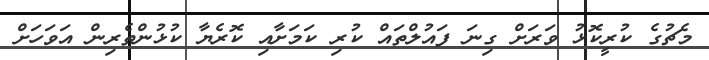
މެޗުގެ ކުރީކޮޅު ވަރަށް ގިނަ ފައުލްތައް ކުރި ކަމަށާއި ކޮރެޔާ ކުޅުންތެރިން އަވަހަށް